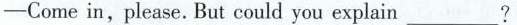
-Come in,please. But could you explain ___?